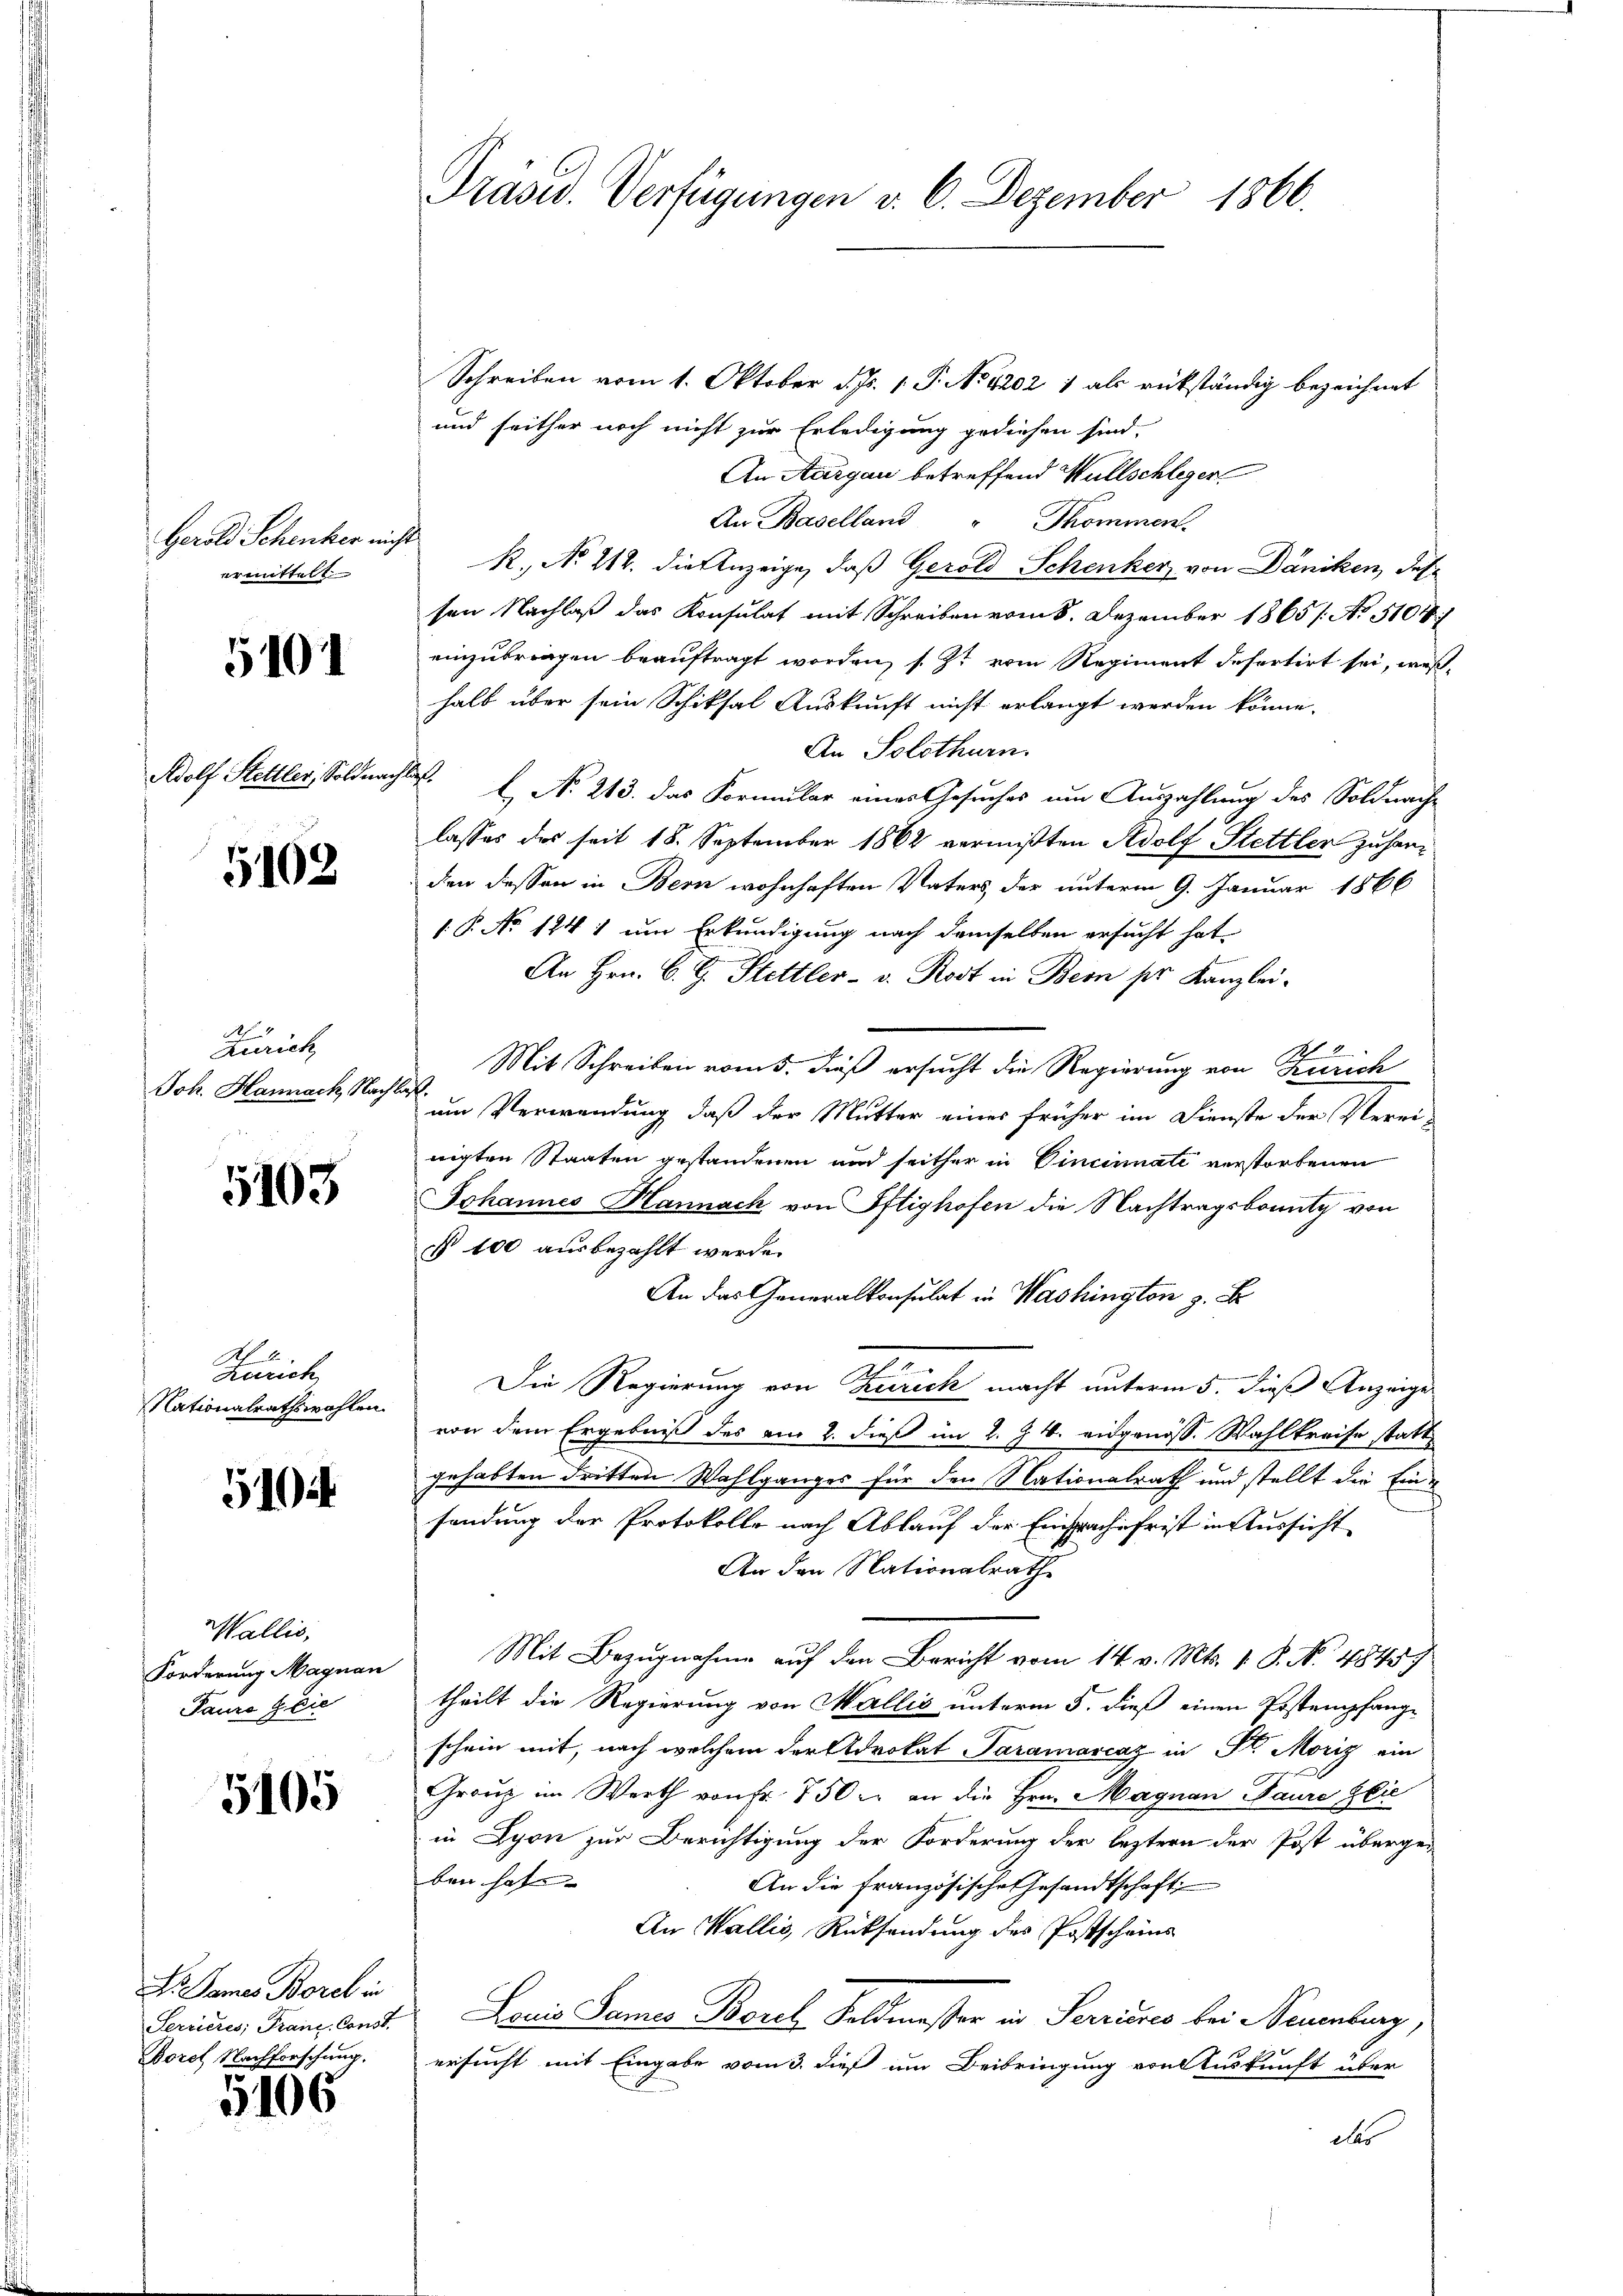
Gerold Schenker nicht.
ermittelt.

5101

Adolf Stelller, Soldnachlaß.

5102

Zürich
Joh. Hannach, Nachlaß.

5103

N 2
Zürich
Nationalrathswahlen.

510 f

Wallis,
Pauro a. die

5105

Schreiben vom 1. Oktober d. Js. 1. P. No 4202 1 als rückständig bezeichnet
und seither noch nicht zur Erledigung gediehen sind.
An Aargau betreffend Wüllschlegen
An Baselland " Thommen.
R, No 212. die Anzeige, daß Gerold Schenker von Däniken, des
sen Nachlaß das Konsulat mit Schreiben vom 8. Dezember 1865/ No 510./
einzubringen beauftragt worden, s. Zt. vom Regiment defertirt sei, weßhalb über sein Schiksal Auskunft nicht erlangt werden könne.
An Solothurn
L No 213. das Formular eines Gesuches um Auszahlung des Soldnachlasses des seit 18. September 1862 vermißten Adolf Stettler zu handen dessen in Bern wohnhaften Vaters der unterm 9. Januar 1866
1 P. No 1241 um Erkundigung nach demselben ersucht hat
An Hrn. C. G. Hettler - v. Rost in Bern pr. Kanzlei-
2
Mit Schreiben vom 5. dieß ersucht die Regierung von Zürich
um Verwendung, daß der Mutter eines früher im Dienste der Verei-
nigten Staaten gestandenen und seither in Vincinnati verstorbenen
Johannes Hannach von Iftighofen die Nachtragsbonutz von
§ 100 ausbezahlt werde.
An das Generalkonsulat in Washington z. B
Die Regierung von Zürich macht unterm 5. dieß Anzeige
von dem Ergebniß des am 2. dieß im 2. Zt. eidgenöss. Wahlkreise statt
gehabten dritten Wahlganges für den Nationalrath und stellt die Einsendung der Protokolle nach Ablauf der Einsprache frist in Aussicht
An den Nationalrath
Forderung Magnen Mit Bezugnahme auf den Bericht vom 14. v. Mts. 1. P. N. 48457
theilt die Regierung von Wallis unterm 5. dieß einen Tostempfangschein mit, nach welchem der Advokat Paramarcaz in St. Moriz ein

Gränz(...) Werth von fr. 750 r. an die Hrn. Magnau Paure Glie
in Lyon zur Berichtigung der Forderung der leztern der Post überge-
ben hafe- |
An die französische Gesandtschaft
An Wallis, Rücksendung des Postscheins
Lacis Sames Borch Feldmesser in Perrises bei Neuenburg
ersucht mit Eingabe vom 3. dieß um Beibringung von Auskunft über
des

Dr. Sames Borel in
Serrieres, Franz-Const.
Borel Nachforschung.

5106

Präsid. Verfügungen v. 6. Dezember 1866.